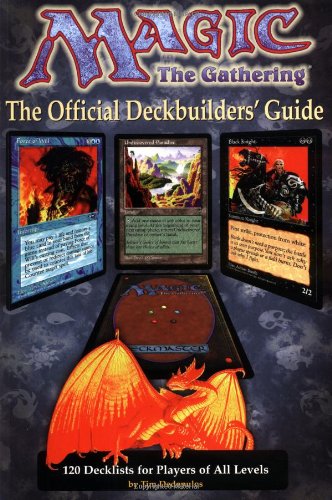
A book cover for Magic: The Gathering: The Official Deckbuilders' Guide; Tim Dedopulos; Science Fiction & Fantasy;